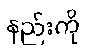
နည်းကို